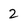
Character: 2